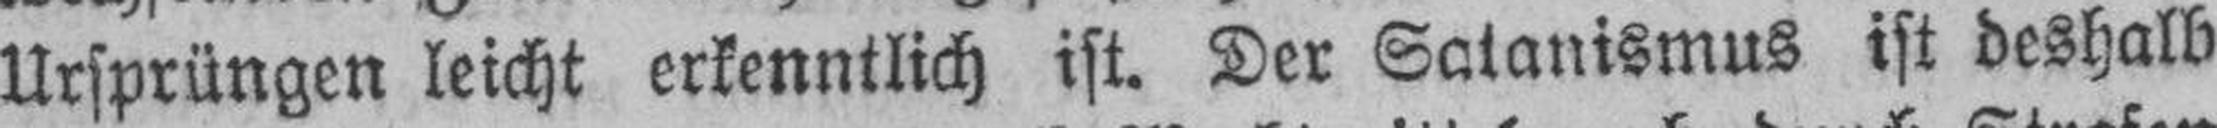
Ursprüngen leicht erkenntlich ist. Der Satanismus ist deshalb